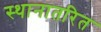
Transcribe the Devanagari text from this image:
स्थानातरित